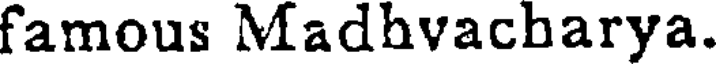
famous Madhvacharya.